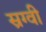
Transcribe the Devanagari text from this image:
स्रग्वी